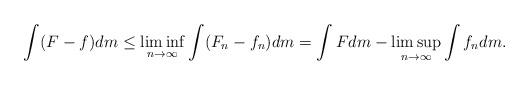
LaTeX: \begin{align*} \int ( F - f) dm \le \liminf_{n \to \infty} \int (F_n - f_n) dm = \int F d m - \limsup_{n \to \infty} \int f_n dm. \end{align*}